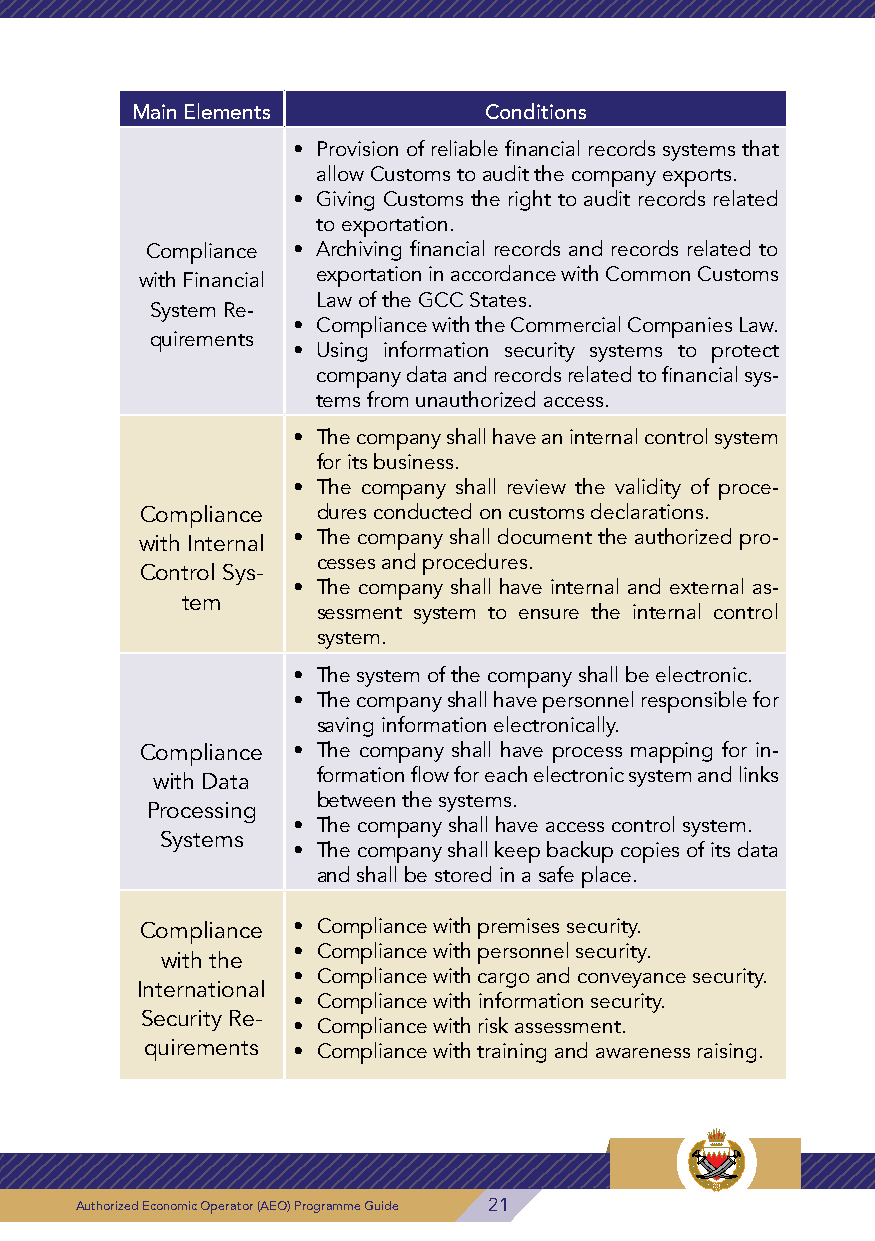
3- Transportation and Transportation Management Scope
 Main Elements          Conditions
 Main Elements Conditions • Provision of reliable financial records systems that
 allow Customs to audit the company exports.
 • Giving Customs the right to audit records related
 • Company establishment period: Shall not be less to exportation.
 than 4 years. Compliance • Archiving financial records and records related to
 • Number of employees of the company: Shall not with Financial exportation in accordance with Common Customs
 be less than 40 employees. Law of the GCC States.
 System Re-
 • The company shall achieve a compliance rate of • Compliance with the Commercial Companies Law.
 quirements
 90%.               • Using information security systems to protect
 • For local transportation companies, the number of company data and records related to financial sys-
 bill of lading shall not be less than 500 during the tems from unauthorized access.
 previous two years. As for the international trans-
 • The company shall have an internal control system
 portation companies, the number of bill of lading
 for its business.
 shall not be less than 1000 during the previous
 • The company shall review the validity of proce-
 two years.
 Compliance  dures conducted on customs declarations.
 • Shipment shortage reports or suspicious packages
 with Internal • The company shall document the authorized pro-
 shall not exceed ratio of 0.001 of the number of
 cesses and procedures.
 Compliance shipments during the previous two years. Control Sys- • The company shall have internal and external as-
 • The company shall not commit customs offences tem
 with Basic Cus-      sessment system to ensure the internal control
 within two years from the date of application, as
 toms Require-        system.
 follows:
 ments ◆◆Committing customs offences worth more than • The system of the company shall be electronic.
 BD 500             • The company shall have personnel responsible for
 or                   saving information electronically.
 • Offence value exceeds 10% of the declared value Compliance • The company shall have process mapping for in-
 of goods  with Data  formation flow for each electronic system and links
 ◆◆Committing material offences related to pro-
 Processing
 between the systems.
 hibited or restricted goods • The company shall have access control system.
 Systems
 ◆◆Committing offences related to control bodies • The company shall keep backup copies of its data
 according to due process and shall be stored in a safe place.
 • Good conduct of owners of the company and au-
 thorized signatories. Compliance • Compliance with premises security.
 • Meeting the requirements stated in compliance • Compliance with personnel security.
 with the
 assessment form according to the company activ- • Compliance with cargo and conveyance security.
 International
 ity.               • Compliance with information security.
 Security Re-
 • Compliance with risk assessment.
 quirements • Compliance with training and awareness raising.
 22 Authorized Economic Operator (AEO) Programme Guide Authorized Economic Operator (AEO) Programme Guide 21